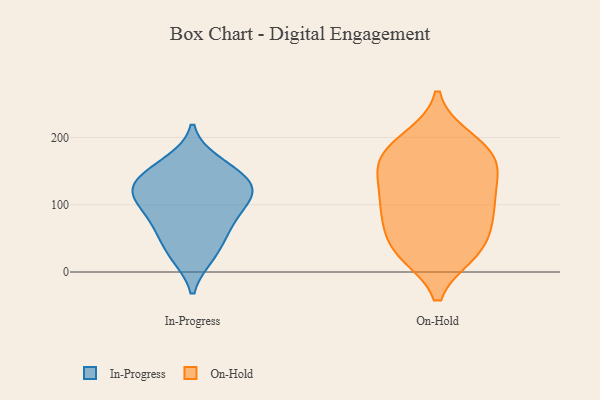
{"axis": {"x": "Demand Index", "y": "Value"}, "legend": ["In-Progress", "On-Hold"], "data": [{"x": "", "y": 24, "type": "In-Progress"}, {"x": "", "y": 127, "type": "In-Progress"}, {"x": "", "y": 121, "type": "In-Progress"}, {"x": "", "y": 113, "type": "In-Progress"}, {"x": "", "y": 94, "type": "In-Progress"}, {"x": "", "y": 55, "type": "In-Progress"}, {"x": "", "y": 101, "type": "In-Progress"}, {"x": "", "y": 68, "type": "In-Progress"}, {"x": "", "y": 158, "type": "In-Progress"}, {"x": "", "y": 23, "type": "In-Progress"}, {"x": "", "y": 164, "type": "In-Progress"}, {"x": "", "y": 119, "type": "In-Progress"}, {"x": "", "y": 69, "type": "In-Progress"}, {"x": "", "y": 135, "type": "In-Progress"}, {"x": "", "y": 142, "type": "In-Progress"}, {"x": "", "y": 162, "type": "On-Hold"}, {"x": "", "y": 88, "type": "On-Hold"}, {"x": "", "y": 67, "type": "On-Hold"}, {"x": "", "y": 175, "type": "On-Hold"}, {"x": "", "y": 198, "type": "On-Hold"}, {"x": "", "y": 152, "type": "On-Hold"}, {"x": "", "y": 29, "type": "On-Hold"}, {"x": "", "y": 30, "type": "On-Hold"}, {"x": "", "y": 116, "type": "On-Hold"}, {"x": "", "y": 28, "type": "On-Hold"}, {"x": "", "y": 194, "type": "On-Hold"}, {"x": "", "y": 154, "type": "On-Hold"}, {"x": "", "y": 105, "type": "On-Hold"}, {"x": "", "y": 176, "type": "On-Hold"}, {"x": "", "y": 95, "type": "On-Hold"}, {"x": "", "y": 35, "type": "On-Hold"}, {"x": "", "y": 132, "type": "On-Hold"}, {"x": "", "y": 75, "type": "On-Hold"}]}